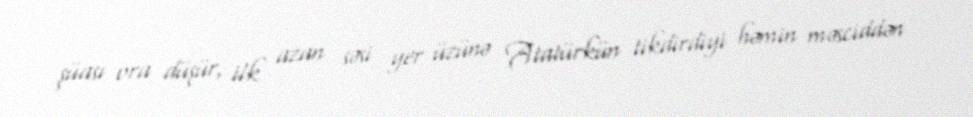
şüası ora düşür, ilk azan səsi yer üzünə Atatürkün tikdirdiyi həmin məsciddən